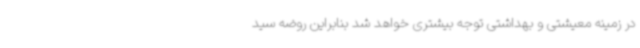
در زمینه معیشتی و بهداشتی توجه بیشتری خواهد شد بنابراین روضه سید